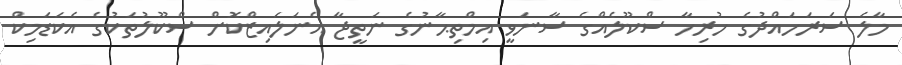
މާލެ ސަރަހައްދުގެ ހުރިހާ ސްކޫލެއްގެ ސާނަވީ އިމްތިޙާނުގެ ނަތީޖާ އެނަލައިޒްކޮށް ސްކޫލުތަކުގެ އެކަޑަމިކް